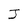
Character: J